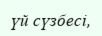
үй сүзбесі,